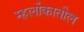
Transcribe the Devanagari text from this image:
म्हर्लोकातील